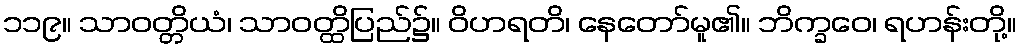
၁၁၉။ သာဝတ္တိယံ၊ သာဝတ္ထိပြည်၌။ ဝိဟရတိ၊ နေတော်မူ၏။ ဘိက္ခဝေ၊ ရဟန်းတို့။